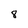
Character: 8